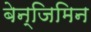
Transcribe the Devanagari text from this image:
बेन्जिमिन